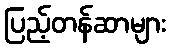
ပြည့်တန်ဆာများ